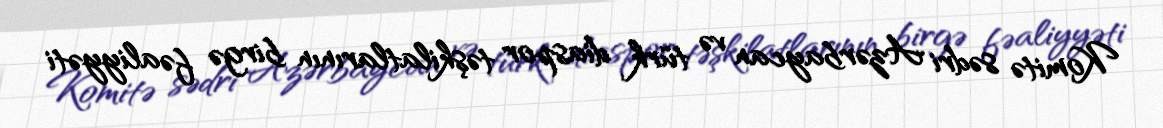
Komitə sədri Azərbaycan və türk diaspor təşkilatlarının birgə fəaliyyəti